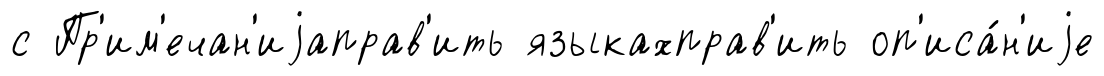
с Пр'им'ечан'иjаправ'ить языкахправ'ить оп'иса́н'иjе